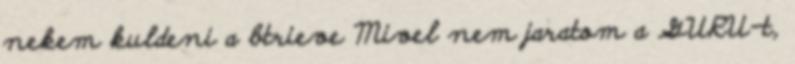
nekem kuldeni a btrieve Mivel nem jaratom a GURU-t,